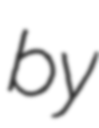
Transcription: by